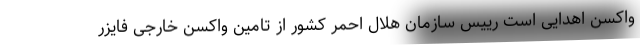
واكسن اهدایی است رییس سازمان هلال احمر کشور از تامین واکسن خارجی فایزر